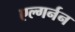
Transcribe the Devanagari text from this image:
एल्गर्नन